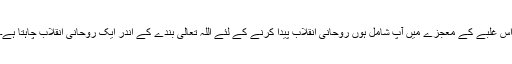
اس غلبے کے معجزے میں آپ شامل ہوں روحانی انقلاب پیدا کرنے کے لئے اللہ تعالٰی بندے کے اندر ایک روحانی انقلاب چاہتا ہے۔